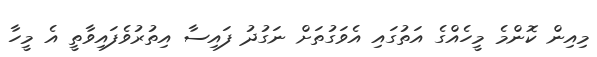
މިއިން ކޮންމެ މީހެއްގެ އަތުގައި އެވަގުތަށް ނަގުދު ފައިސާ އިތުރުވެފައިވާތީ އެ މީހާ